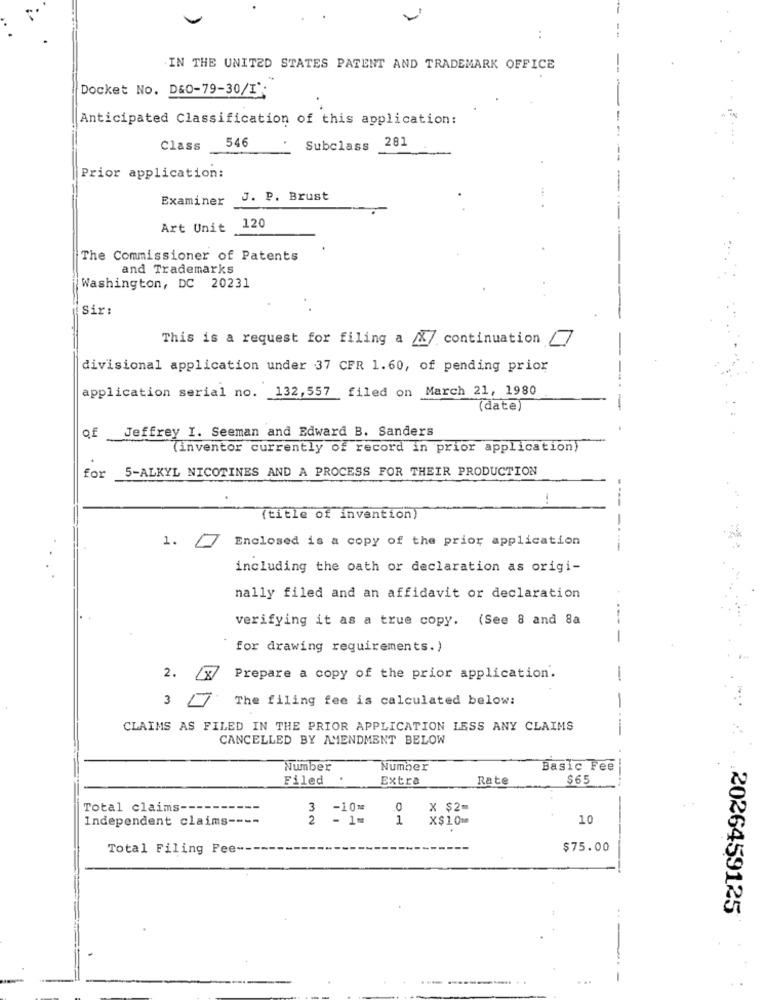
..
IN THE UNITED STATES PATENT AND TRADEMARK OFFICE
Docket No. D&O-79-30/I';
Anticipated Classification of this application:
546
281
Class
Subclass
Prior application:
Examiner J. P. Brust
120
Art Unit
The Commissioner of Patents
and Trademarks
Washington, DC 20231
Sir:
This is a request for filing a &/ continuation
divisional application under 37 CFR 1.60, of pending prior
application serial no. 132,557 filed on March 21, 1980
(date)
of Jeffrey I. Seeman and Edward B. Sanders
(inventor currently of record in prior application)
5-ALKYL NICOTINES AND A PROCESS FOR THEIR PRODUCTION
for
----
(title of invention)
-.
1.
Enclosed is a copy of the prior application
including the oath or declaration as origi-
nally filed and an affidavit or declaration
verifying it as a true copy. (See 8 and 8a
for drawing requirements.)
2.
18
Prepare a copy of the prior application.
-
3
The filing fee is calculated below:
CLAIMS AS FILED IN THE PRIOR APPLICATION LESS ANY CLAIMS
-
CANCELLED BY AMENDMENT BELOW
Number
Number
Basic Fee
Filed
Extra
Rate
$65
Total claims --
3
.0
X $2=
Independent claims-
1
X$10=
10
Total Filing Pee --
$75.00
2026459125
...